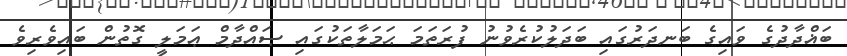
ބަޣްދާދުގެ ވައިގެ ބަނދަރުގައި ބަދަލުކުރެވުނު ފުރަތަމަ ޙަމަލާތަކުގައި ޞައްދާމް ޢަމަލީ ގޮތުން ބައިވެރިވެ